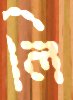
লি